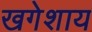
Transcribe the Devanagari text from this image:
खगेशाय